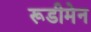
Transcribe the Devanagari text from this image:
रूडीमेन